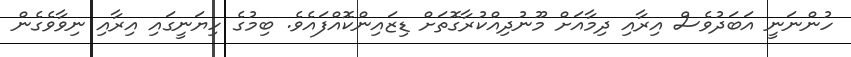
ހުންނަނީ އަބަދުވެސް އިރާއި ދިމާއަށް މޫނުދިއްކުރާގޮތަށް ޑިޒައިންކޮއްފައެވެ. ބިމުގެ ހިޔަނީގައި އިރާއި ނިވާވެގެން